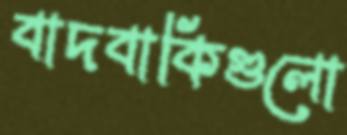
বাদবাকিগুলো